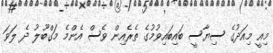
މިއީ މިއަދުގެ ސިޔާސީ ބައިބައިވުމުގެ ތެރެއިން ވެސް އެންމެ މަގްބޫލު ދެ ލަވަ